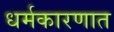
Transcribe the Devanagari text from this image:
धर्मकारणात